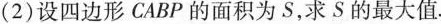
(2)设四边形CABP的面积为S，求S的最大值.